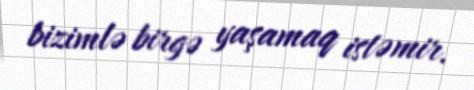
bizimlə birgə yaşamaq istəmir.